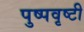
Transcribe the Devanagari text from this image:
पुष्पवृष्टी